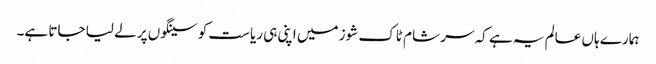
ہمارے ہاں عالم یہ ہے کہ سر شام ٹاک شوز میں اپنی ہی ریاست کو سینگوں پر لے لیا جاتا ہے۔